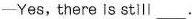
-Yes,there is stll ___ .